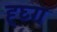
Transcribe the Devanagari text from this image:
ह्घ्ग